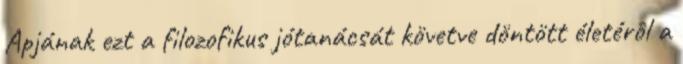
Apjának ezt a filozofikus jótanácsát követve döntött életérôl a